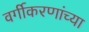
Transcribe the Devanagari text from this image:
वर्गीकरणांच्या